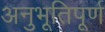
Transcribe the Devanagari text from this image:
अनुभूतिपूर्ण